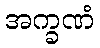
အက္ခဏံ